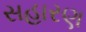
સહારણ